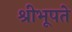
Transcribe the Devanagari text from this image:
श्रीभूपते